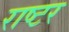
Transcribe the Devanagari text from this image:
राष्टर